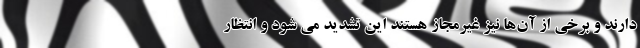
دارند و برخی از آن‌ها نیز غیرمجاز هستند این تشدید می شود و انتظار